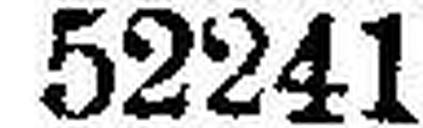
52241